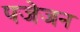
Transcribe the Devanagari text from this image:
पजेजन